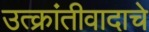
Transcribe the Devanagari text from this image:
उत्क्रांतीवादाचे